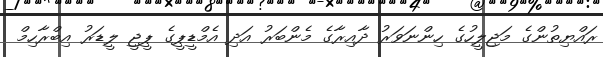
ރައްޔިތުންގެ މަޖިލީހުގެ ހިންނަވަރު ދާއިރާގެ މެންބަރު އަދި އެމްޑީޕީގެ ޕީޖީ ލީޑަރު އިބްރާހިމް